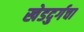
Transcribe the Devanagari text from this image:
खेडदुर्गचा